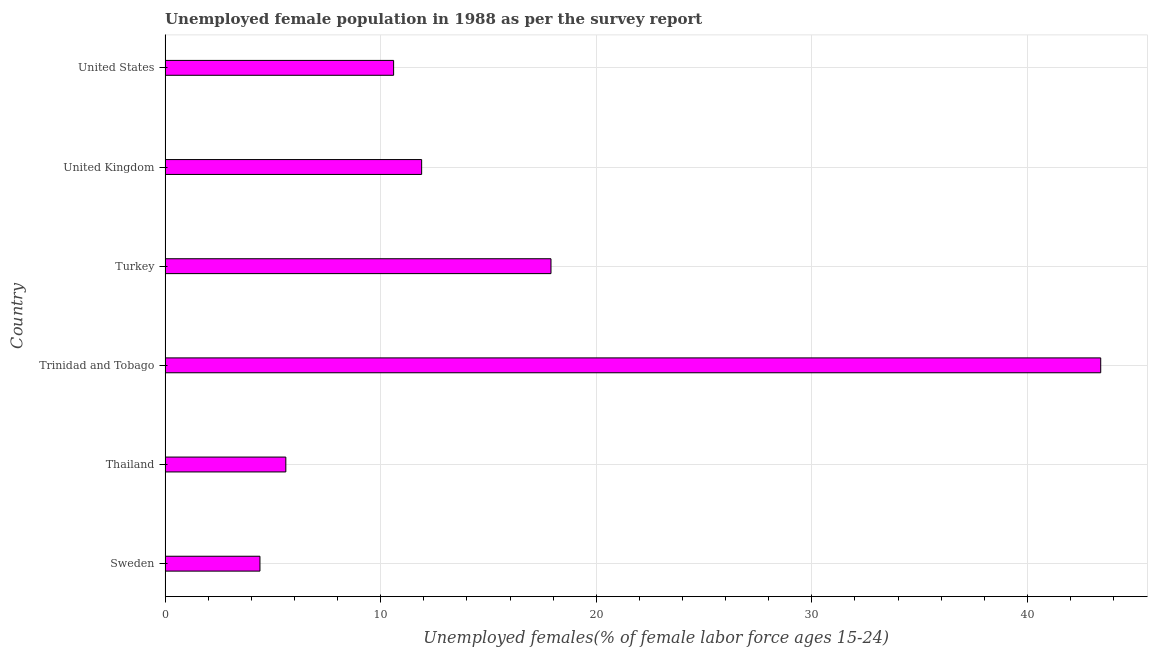
| Country | Unemployment youth female |
 | --- | --- |
 | Sweden | 4.4 |
 | Thailand | 5.6 |
 | Trinidad and Tobago | 43.4 |
 | Turkey | 17.9 |
 | United Kingdom | 11.9 |
 | United States | 10.6 |